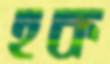
হক